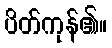
ပိတ်ကုန်၏။